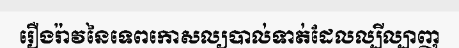
រឿងរ៉ាវនៃទេពកោសល្យបាល់ទាត់ដែលល្បីល្បាញ